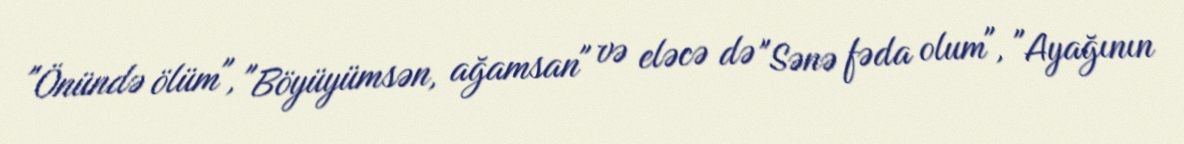
"Önündə ölüm", "Böyüyümsən, ağamsan" və eləcə də "Sənə fəda olum", "Ayağının